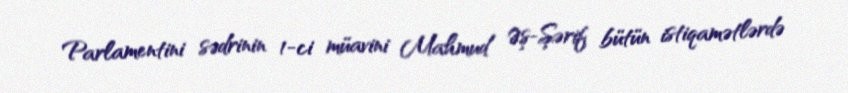
Parlamentini sədrinin 1-ci müavini Mahmud Əş-Şərif bütün istiqamətlərdə